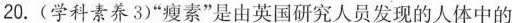
20. (学科素养3)”瘦素”是由英国研究人员发现的人体中的